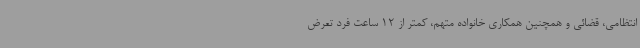
انتظامی، قضائی و همچنین همکاری خانواده متهم، کمتر از 12 ساعت فرد تعرض